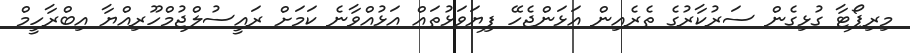
މިރިޕޯޓާ ގުޅިގެން ސަރުކާރުގެ ތެރެއިން އަޅަންޖެހޭ ފިޔަވަޅުތައް އަޅުއްވާނެ ކަމަށް ރައީސުލްޖުމްހޫރިއްޔާ އިބްރާހީމް